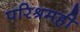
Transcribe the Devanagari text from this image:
परिश्रमही